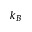
k _ { B }